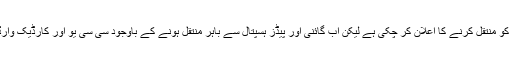
ہسپتال انتظامیہ سی سی یو اور کارڈیک وارڈ کو منتقل کرنے کا اعلان کر چکی ہے لیکن اب گائنی اور پیڈز ہسپتال سے باہر منتقل ہونے کے باوجود سی سی یو اور کارڈیک وارڈ کو دوسرے وارڈ میں منتقل نہیں کیا جا رہا۔